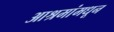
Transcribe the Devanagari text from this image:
आश्रमांमधून